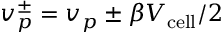
v _ { p } ^ { \pm } = v _ { p } \pm \beta V _ { \mathrm { c e l l } } / 2